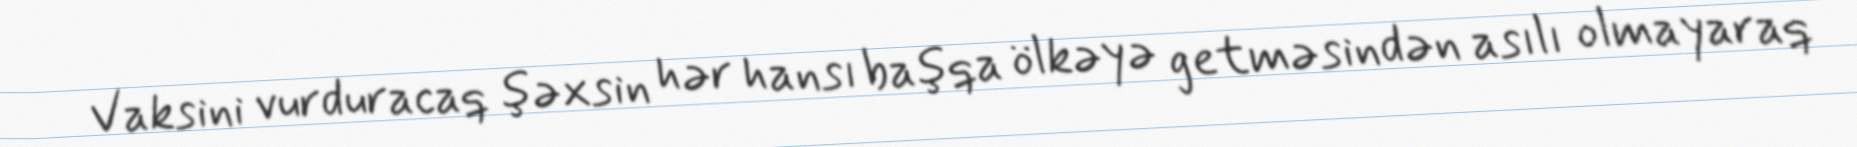
Vaksini vurduracaq şəxsin hər hansı başqa ölkəyə getməsindən asılı olmayaraq